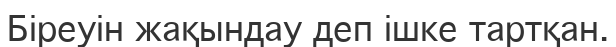
Біреуін жақындау деп ішке тартқан.